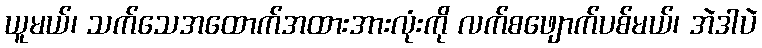
ယူမယ်၊ သက်သေအထောက်အထားအားလုံးကို လက်စဖျောက်ပစ်မယ်၊ အဲဒါပဲ